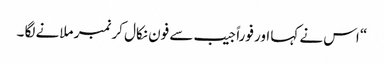
“ اس نے کہا اور فوراً جیب سے فون نکال کر نمبر ملانے لگا ۔